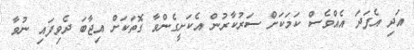
އަދި އެފަދަ އެއްވެސް ކަަމަކަށް ސަރުކާރުން އެކަށީގެންވާ ގޮތަކަށް އިޖާބަ ދެވިފައި ނުވާ